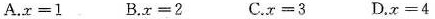
A.$$x=1$$ B.$$x=2$$ C.$$x=3$$ D.$$x=4$$